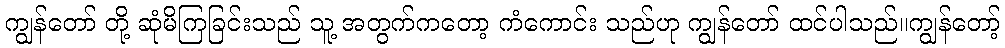
ကျွန်တော် တို့ ဆုံမိကြခြင်းသည် သူ့ အတွက်ကတော့ ကံကောင်း သည်ဟု ကျွန်တော် ထင်ပါသည်။ကျွန်တော့်